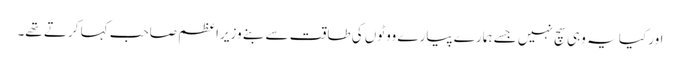
اور کیا یہ وہی سچ نہیں جسے ہمارے پیارے ووٹوں کی طاقت سے بنے وزیراعظم صاحب کہا کرتے تھے۔